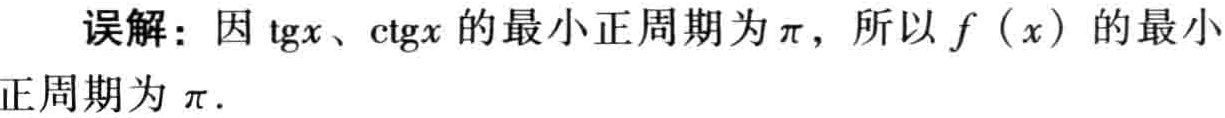
误解：因\(\mathrm{tg}x\)、\(\mathrm{ctg}x\)的最小正周期为\(\pi\)，所以\(f(x)\)的最小正周期为\(\pi\).